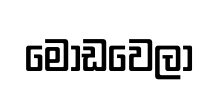
මෝඩවෙලා